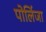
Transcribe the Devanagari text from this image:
पोलिंजा